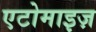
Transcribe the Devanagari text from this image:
एटोमाइज़